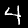
Label: 4